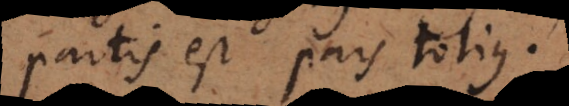
partis est pars totius.